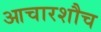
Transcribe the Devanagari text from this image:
आचारशौच